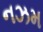
નઝમ